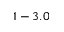
1 - 3 . 0